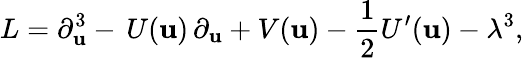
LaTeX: L=\partial_{\mathbf{u}}^{3}-\, U(\mathbf{u})\, \partial_{\mathbf{u}}+V(\mathbf{u})-\frac{{1}}{{2}}U^{\prime}(\mathbf{u})-\lambda^{3},